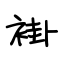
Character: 褂